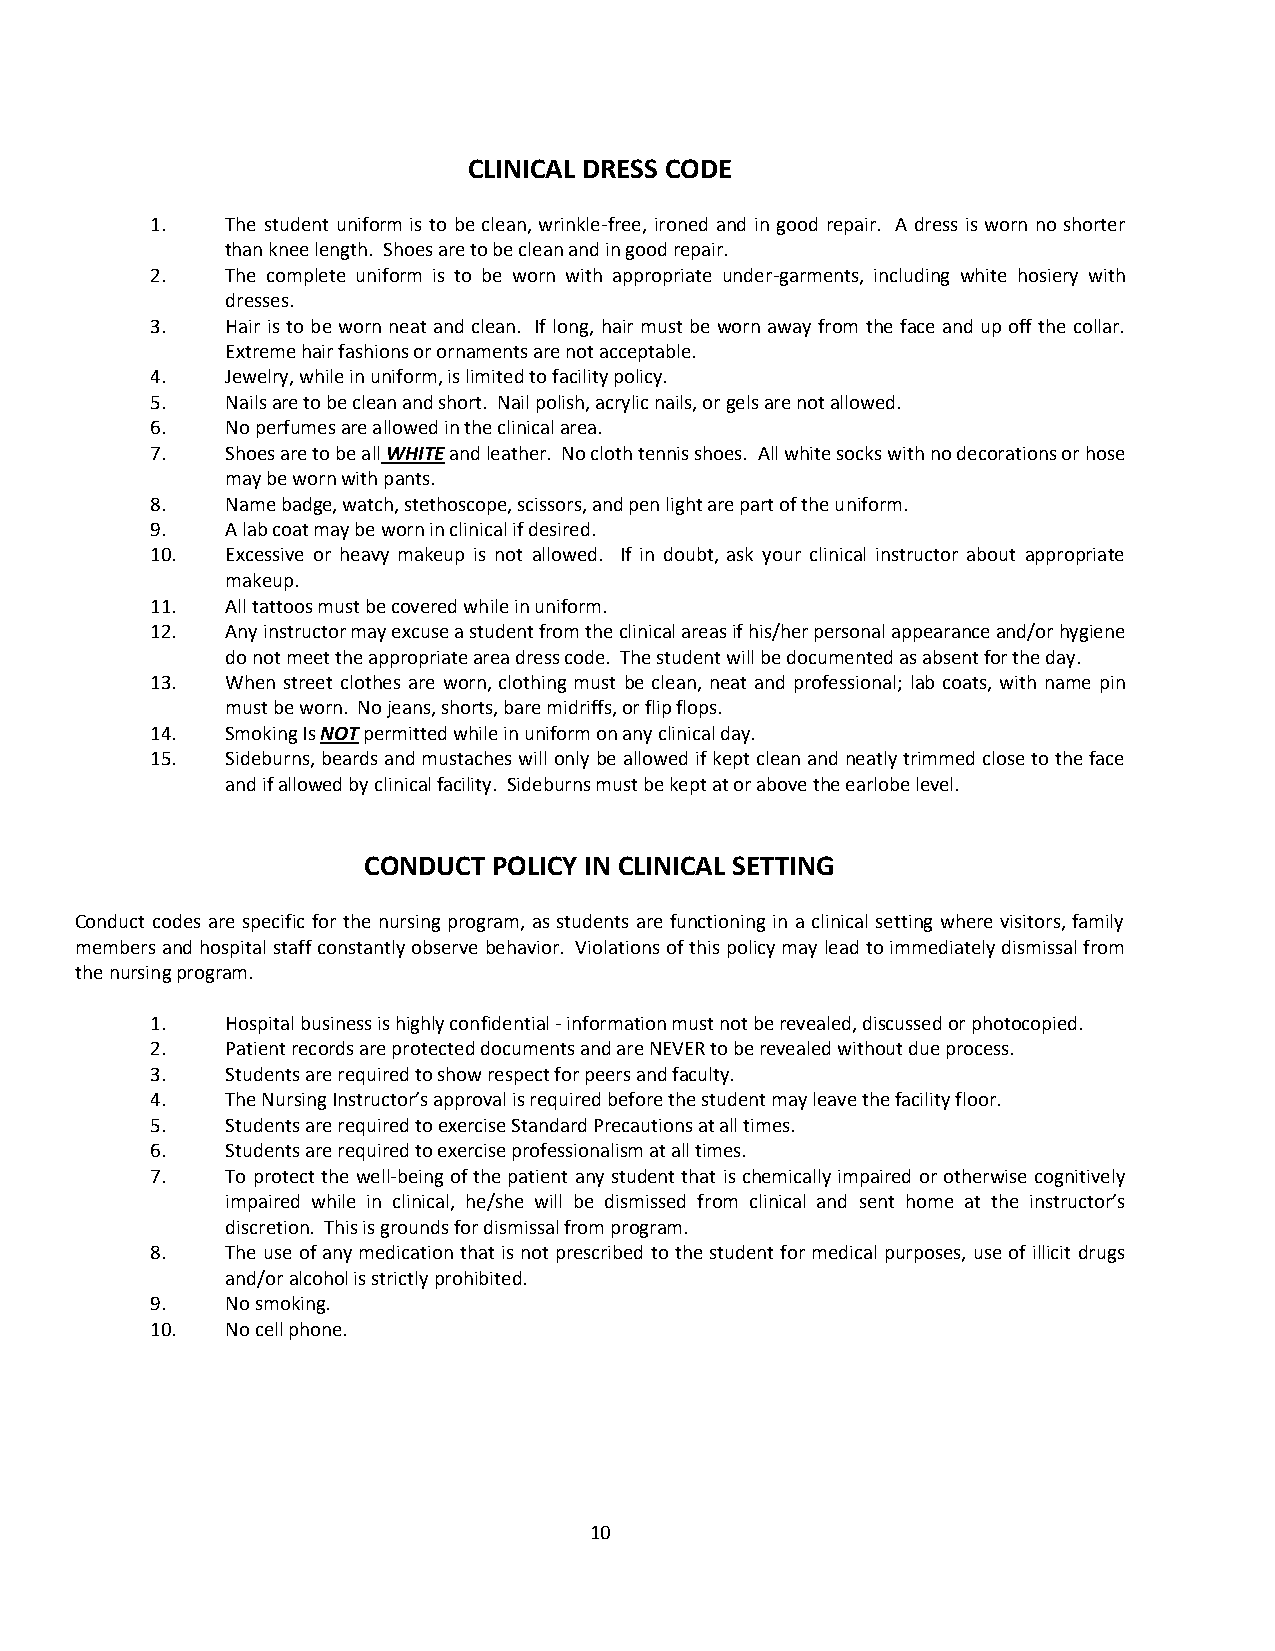
CLINICAL DRESS CODE
 1.   The student uniform is to be clean, wrinkle-free, ironed and in good repair. A dress is worn no shorter
 than knee length. Shoes are to be clean and in good repair.
 2.   The complete uniform is to be worn with appropriate under-garments, including white hosiery with
 dresses.
 3.   Hair is to be worn neat and clean. If long, hair must be worn away from the face and up off the collar.
 Extreme hair fashions or ornaments are not acceptable.
 4.   Jewelry, while in uniform, is limited to facility policy.
 5.   Nails are to be clean and short. Nail polish, acrylic nails, or gels are not allowed.
 6.   No perfumes are allowed in the clinical area.
 7.   Shoes are to be all WHITE and leather. No cloth tennis shoes. All white socks with no decorations or hose
 may be worn with pants.
 8.   Name badge, watch, stethoscope, scissors, and pen light are part of the uniform.
 9.   A lab coat may be worn in clinical if desired.
 10.  Excessive or heavy makeup is not allowed. If in doubt, ask your clinical instructor about appropriate
 makeup.
 11.  All tattoos must be covered while in uniform.
 12.  Any instructor may excuse a student from the clinical areas if his/her personal appearance and/or hygiene
 do not meet the appropriate area dress code. The student will be documented as absent for the day.
 13.  When street clothes are worn, clothing must be clean, neat and professional; lab coats, with name pin
 must be worn. No jeans, shorts, bare midriffs, or flip flops.
 14.  Smoking Is NOT permitted while in uniform on any clinical day.
 15.  Sideburns, beards and mustaches will only be allowed if kept clean and neatly trimmed close to the face
 and if allowed by clinical facility. Sideburns must be kept at or above the earlobe level.
 CONDUCT  POLICY IN CLINICAL SETTING
 Conduct codes are specific for the nursing program, as students are functioning in a clinical setting where visitors, family
 members and hospital staff constantly observe behavior. Violations of this policy may lead to immediately dismissal from
 the nursing program.
 1.   Hospital business is highly confidential - information must not be revealed, discussed or photocopied.
 2.   Patient records are protected documents and are NEVER to be revealed without due process.
 3.   Students are required to show respect for peers and faculty.
 4.   The Nursing Instructor’s approval is required before the student may leave the facility floor.
 5.   Students are required to exercise Standard Precautions at all times.
 6.   Students are required to exercise professionalism at all times.
 7.   To protect the well-being of the patient any student that is chemically impaired or otherwise cognitively
 impaired while in clinical, he/she will be dismissed from clinical and sent home at the instructor’s
 discretion. This is grounds for dismissal from program.
 8.   The use of any medication that is not prescribed to the student for medical purposes, use of illicit drugs
 and/or alcohol is strictly prohibited.
 9.   No smoking.
 10.  No cell phone.
 10